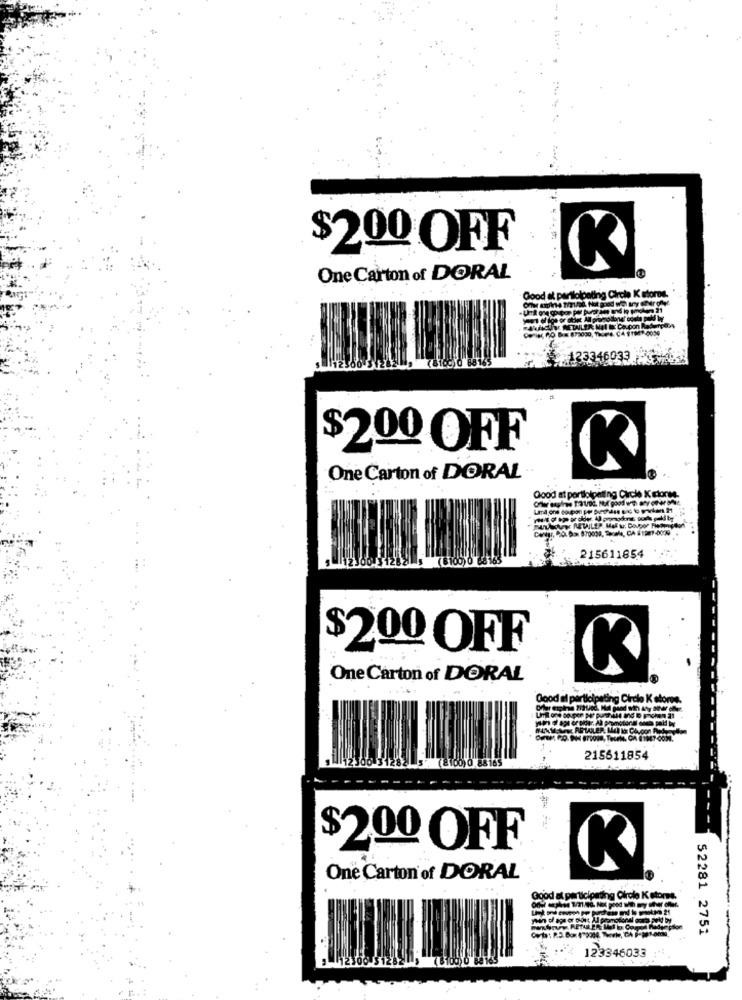
$200 OFF
One Carton of DORAL
38165
333
$200 OFF
One Carton of DORAL
Good at portlolpaling Circle X
(8 100)0 68165
215611854
$200 OFF
One Carton of DORAL
Good al participating Circle K store.
yo o aşı or peter. Al promotional noch paid by
(2100)0 88 165
215511854
$2.00 OFF
K
One Carton of DORAL
Good at participating Circle K stores.
yHan of age or Blitt Ad promotional ooth Fel by
52281 2751
123346033